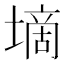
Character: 墑